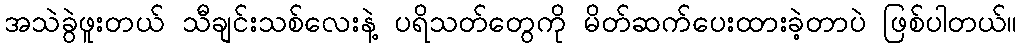
အသဲခွဲဖူးတယ် သီချင်းသစ်လေးနဲ့ ပရိသတ်တွေကို မိတ်ဆက်ပေးထားခဲ့တာပဲ ဖြစ်ပါတယ်။